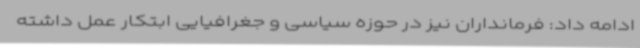
ادامه داد: فرمانداران نیز در حوزه سیاسی و جغرافیایی ابتکار عمل داشته